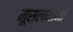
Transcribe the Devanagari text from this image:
मूसलमानी